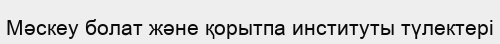
Мәскеу болат және қорытпа институты түлектері